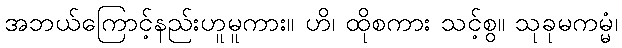
အဘယ်ကြောင့်နည်းဟူမူကား။ ဟိ၊ ထိုစကား သင့်စွ။ သုခုမကမ္မံ၊